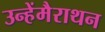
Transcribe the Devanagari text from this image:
उन्हेंमैराथन